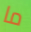
ما